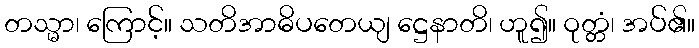
တသ္မာ၊ ကြောင့်။ သတိအာဓိပတေယျ ဋ္ဌေနာတိ၊ ဟူ၍။ ဝုတ္တံ၊ အပ်၏။